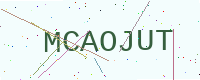
Text: MCAOJUT